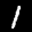
Label: 1